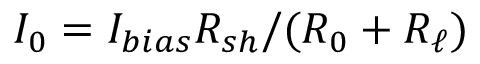
I _ { 0 } = I _ { b i a s } R _ { s h } / ( R _ { 0 } + R _ { \ell } )